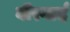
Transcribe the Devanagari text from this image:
बीरगार्द